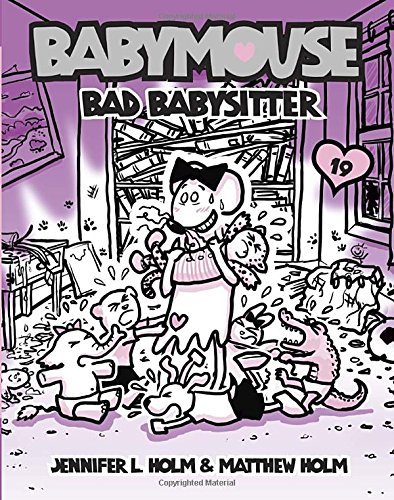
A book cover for Babymouse #19: Bad Babysitter; Jennifer L. Holm; Children's Books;